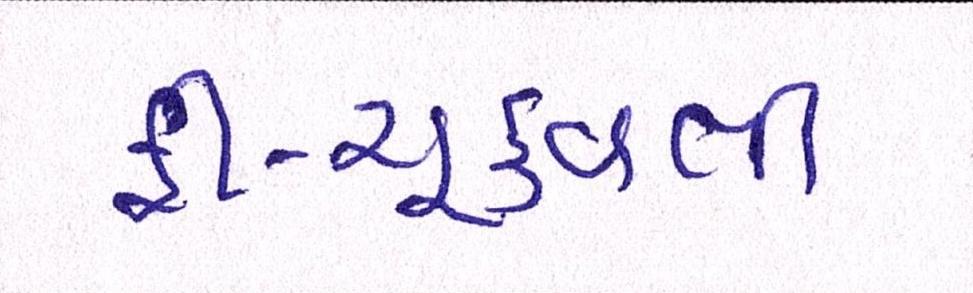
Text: ફી-ચૂકવતી